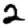
Digit: 2